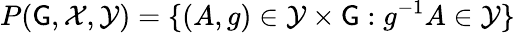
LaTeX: P(\mathsf{G},{\mathcal{{X}}},{\mathcal{{Y}}})=\{ (A,g)\in{\mathcal{{Y}}}\times\mathsf{G}:g^{-1}A\in{\mathcal{{Y}}}\}